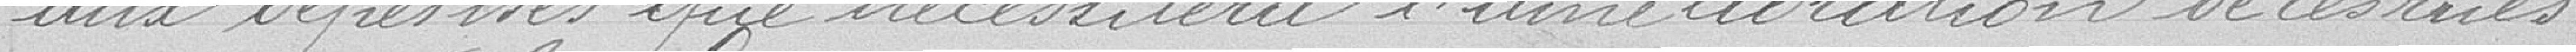
aux dépenses que nécessitera l'amélioration de ces rues.